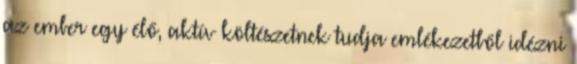
az ember egy élő, aktív költészetnek tudja emlékezetből idézni